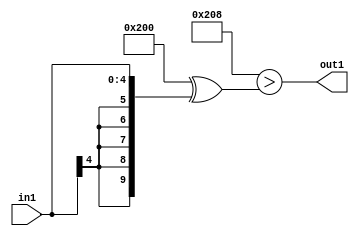
`timescale 1ps / 1ps
/*****************************************************************************
    Verilog RTL Description
    
    
    Created by: Stratus DpOpt 21.05.01 
*******************************************************************************/

module dut_LessThan_1U_17_1 (
	in1,
	out1
	); /* architecture "behavioural" */ 
input [4:0] in1;
output  out1;
wire  asc001;

assign asc001 = ((10'B1000000000 ^ 10'B0000001000)>(10'B1000000000 ^ {{5{in1[4]}}, in1}));

assign out1 = asc001;
endmodule

/* CADENCE  ubTxTAw= : u9/ySxbfrwZIxEzHVQQV8Q== ** DO NOT EDIT THIS LINE ******/